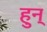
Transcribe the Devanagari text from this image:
हुन्